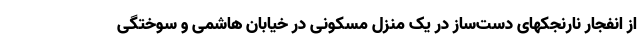
از انفجار نارنجکهای دست‌ساز در یک منزل مسکونی در خیابان هاشمی و سوختگی